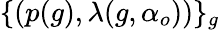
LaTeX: \{ (p(g),\lambda(g,\alpha_{o}))\} _{g}